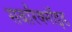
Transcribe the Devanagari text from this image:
सबारैक्नॉइड